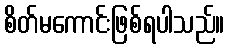
စိတ်မကောင်းဖြစ်ရပါသည်။